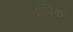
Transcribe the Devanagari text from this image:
मॆजिक